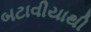
બટાવીયાથી